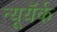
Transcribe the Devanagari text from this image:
न्यूयॅर्क